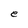
Character: e